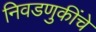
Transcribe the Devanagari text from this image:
निवडणुकींचे